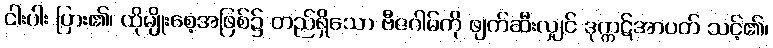
ငါးပါး ပြား၏၊ ထိုမျိုးစေ့အဖြစ်၌ တည်ရှိသော ဗီဇဂါမ်ကို ဖျက်ဆီးလျှင် ဒုက္ကဋ်အာပတ် သင့်၏၊